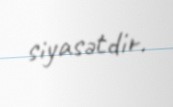
siyasətdir.